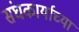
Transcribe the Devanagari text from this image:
संघकार्याच्या